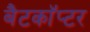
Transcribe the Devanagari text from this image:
बैटकाॅप्टर